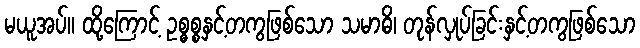
မယူအပ်။ ထို့ကြောင့် ဥစ္ဓစ္စနှင့်တကွဖြစ်သော သမာဓိ၊ တုန်လှုပ်ခြင်းနှင့်တကွဖြစ်သော